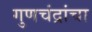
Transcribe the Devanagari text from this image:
गुणचंद्रांचा